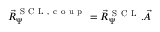
\vec { R } _ { \Psi } ^ { \mathrm { ~ S ~ C ~ L ~ , ~ c ~ o ~ u ~ p ~ } } = \vec { R } _ { \Psi } ^ { \mathrm { ~ S ~ C ~ L ~ } } . \vec { A }